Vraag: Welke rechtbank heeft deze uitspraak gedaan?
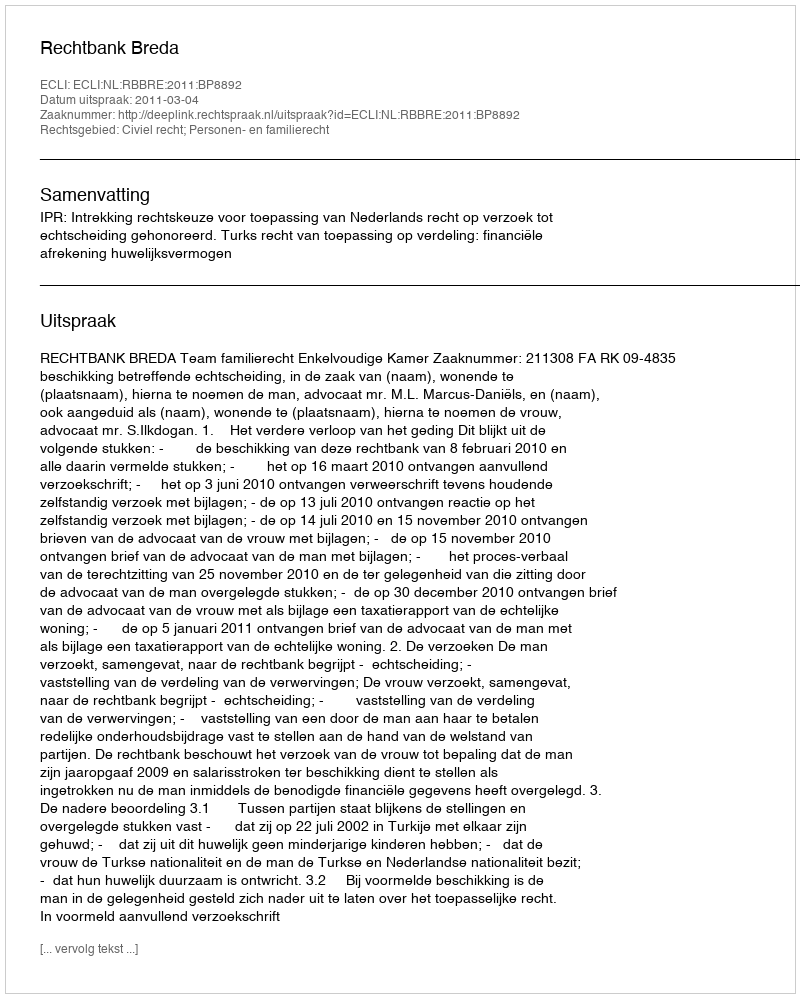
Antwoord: Rechtbank Breda